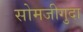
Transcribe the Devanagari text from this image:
सोमजीगुदा